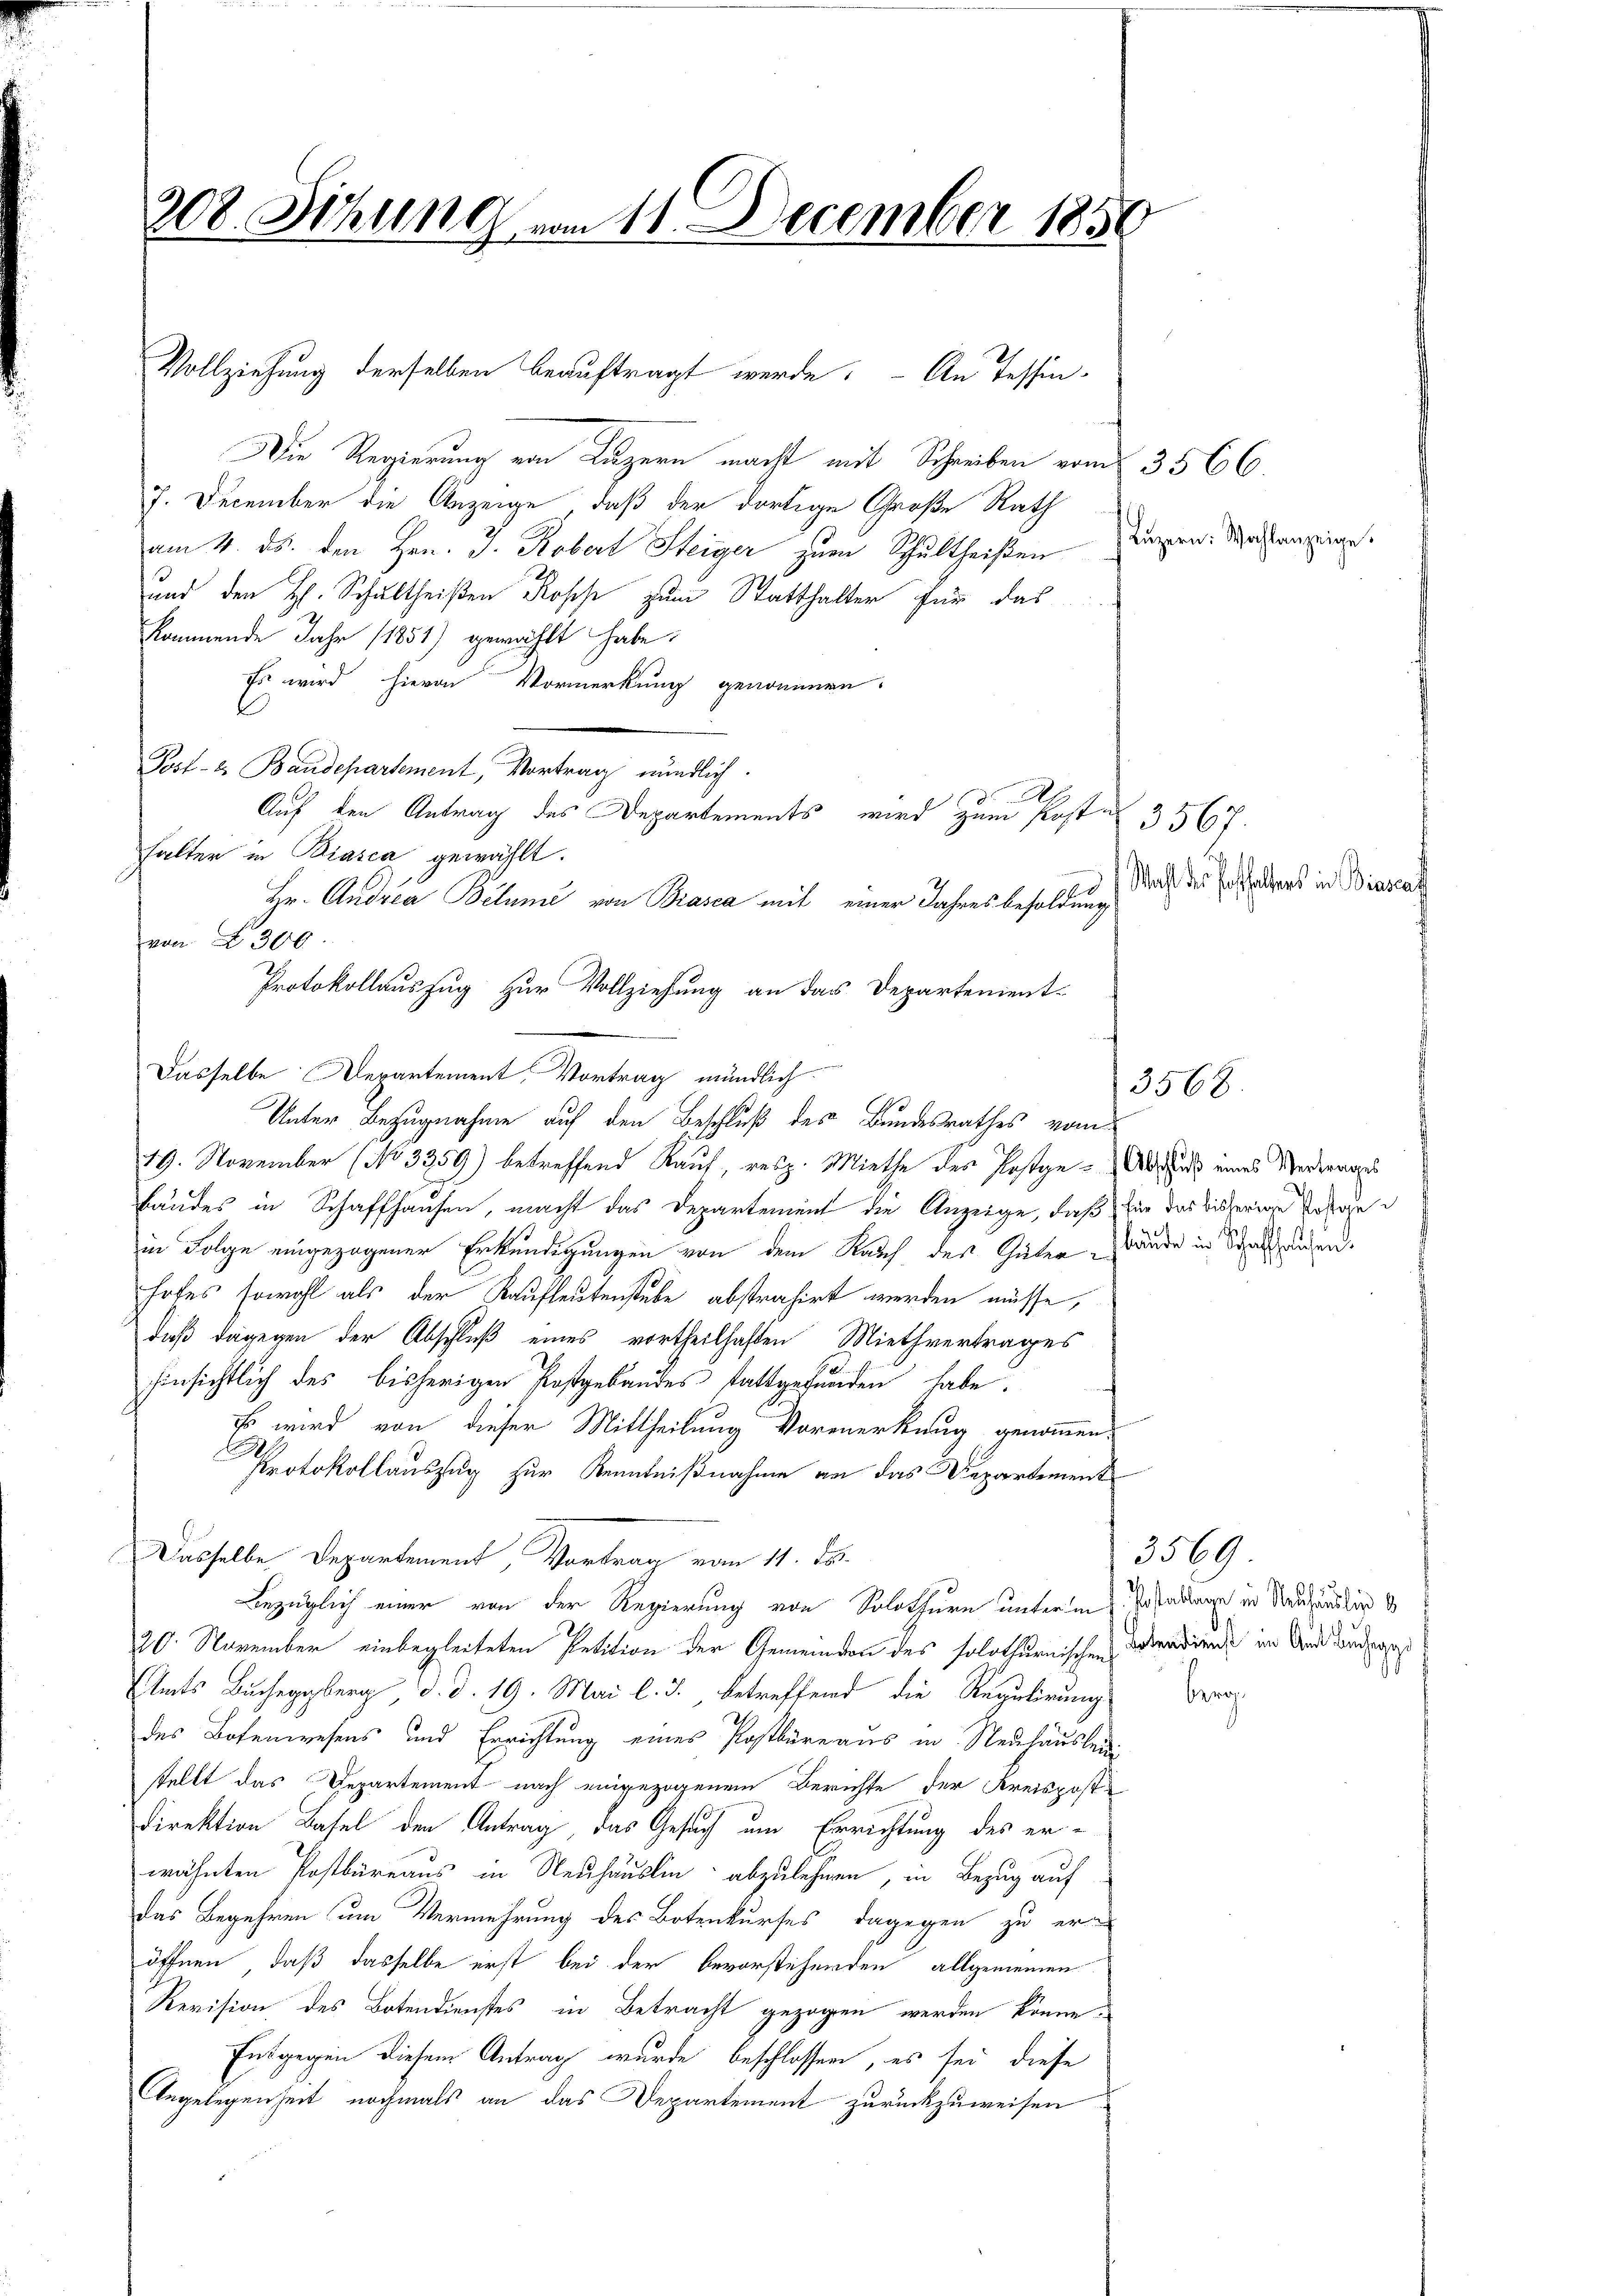
308. Sitzung vom 11. December 1850

Die Regierung von Luzern macht mit Schreiben vom 3566.
7. December die Anzeige, daß der dortige Große Rath
am 4. ds. den Hrn. J. Robert Steiger zum Schultheißen
und den H. Schultheißen Rosch zum Statthalter für das
kommende Jahr 1851) gewählt habe.
Es wird hievon Vormerkung genommern,
Post- u. Baudepartement, Vortrag mündlich.
A
Auf den Antrag des Departements, wird zum Post 3567.
halter in Biasca gewählt.
i
Hr. Ausrea Belume von Biasca mit einer Jahresbesoldung
von 300.
Dasselbe Departement, Vortrag mündlich
Unter Bezugnahme auf den Beschluß des Bundesrathes vom
19. November (No 3359) betreffend Kauf, resp. Miethe des Postge- und eines Niedermage
Bändes in Schaffhausen, macht das Departement die Anzeige, daß für das bisherige Ve
in Folge eingezogener Erkundigungen von dem Rauch des Guten ande in Schaftlichen.
hofes sowohl als der Kaufleutenstube abstrahirt werden müsse,
daß dagegen der Abschluß eines vortheilhaften Miethvertrages
hinsichtlich des bisherigen Postgebäudes stattgefunden habe.
Es wird von dieser Mittheilung Vormerkung genommen,
Protokollauszug zur Kenntnißnahme an das Departement
Dasselbe Departement, Vortrag vom 11. ds.
Bezüglich einer von der Regierung von Solothurn unter in Instaltunge in Neuhändlin d
20. November einbegleiteten Petition der Gemeinden des solothurnischen Verdirende im Und anderes
Amts Bucheggberg, d. d. 19. Mai l. J. betreffend die Regulirung
des Botenwesens und Errichtung eines Postbüreaus in Neuhausbedi
stellt das Departement nach eingezogenem Berichte der Kreispost-
Direktion Basel den Antrag, das Gesuch um Errichtung des er-
wähnten Postbüreaus in Neuhauslin abzulehnen, in Bezug auf
das Begehren um Vermehrung des Botenkurses, dagegen zu er-
öffnen, daß dasselbe erst bei der bevorstehenden allgemeinen
Revision des Botendienstes in Betracht gezogen werden könne,
Entgegen diesen Antrag wurde beschlossen, es sei diese
Angelegenheit nochmals an das Departement zurückzuweisen

Vollziehung derselben beauftragt werde. - An Tessin-

Protokollauszug zur Vollziehung an das Departement¬

Lŭzern: Wohlanzeige.

3568.

Wahl des Posthaltens in Biascat

3569
bera